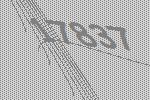
17837